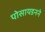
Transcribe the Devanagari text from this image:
पोसायडनने